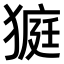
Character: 𤠜